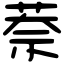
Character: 萘